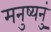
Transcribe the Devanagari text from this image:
मनुष्यनुं